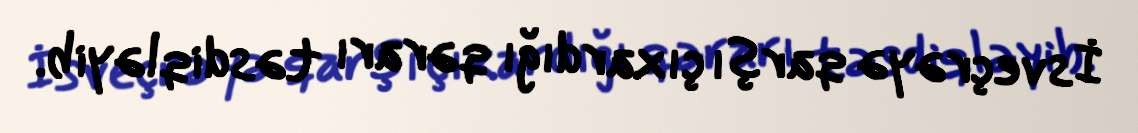
İsveçrəyə qarşı çıxardığı qərarı təsdiqləyib.